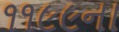
૧૧૯૯ના